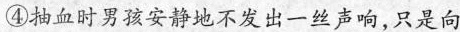
④抽血时男孩安静地不发出一丝声响，只是向